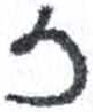
אות: ז